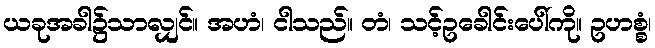
ယခုအခါ၌သာလျှင်။ အဟံ၊ ငါသည်။ တံ၊ သင့်ဥခေါင်းပေါ်ကို။ ဥဟစ္စံ၊